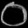
Digit: ၀